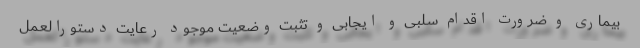
بیماری و ضرورت اقدام سلبی و ایجابی و تثبت وضعیت موجود رعایت دستورالعمل